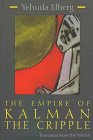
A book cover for Empire of Kalman the Cripple (Library of Modern Jewish Literature); Yehuda Elberg; Literature & Fiction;